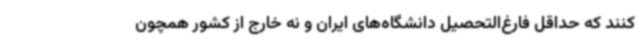
کنند که حداقل فارغ‌التحصیل دانشگاه‌های ایران و نه خارج از کشور همچون